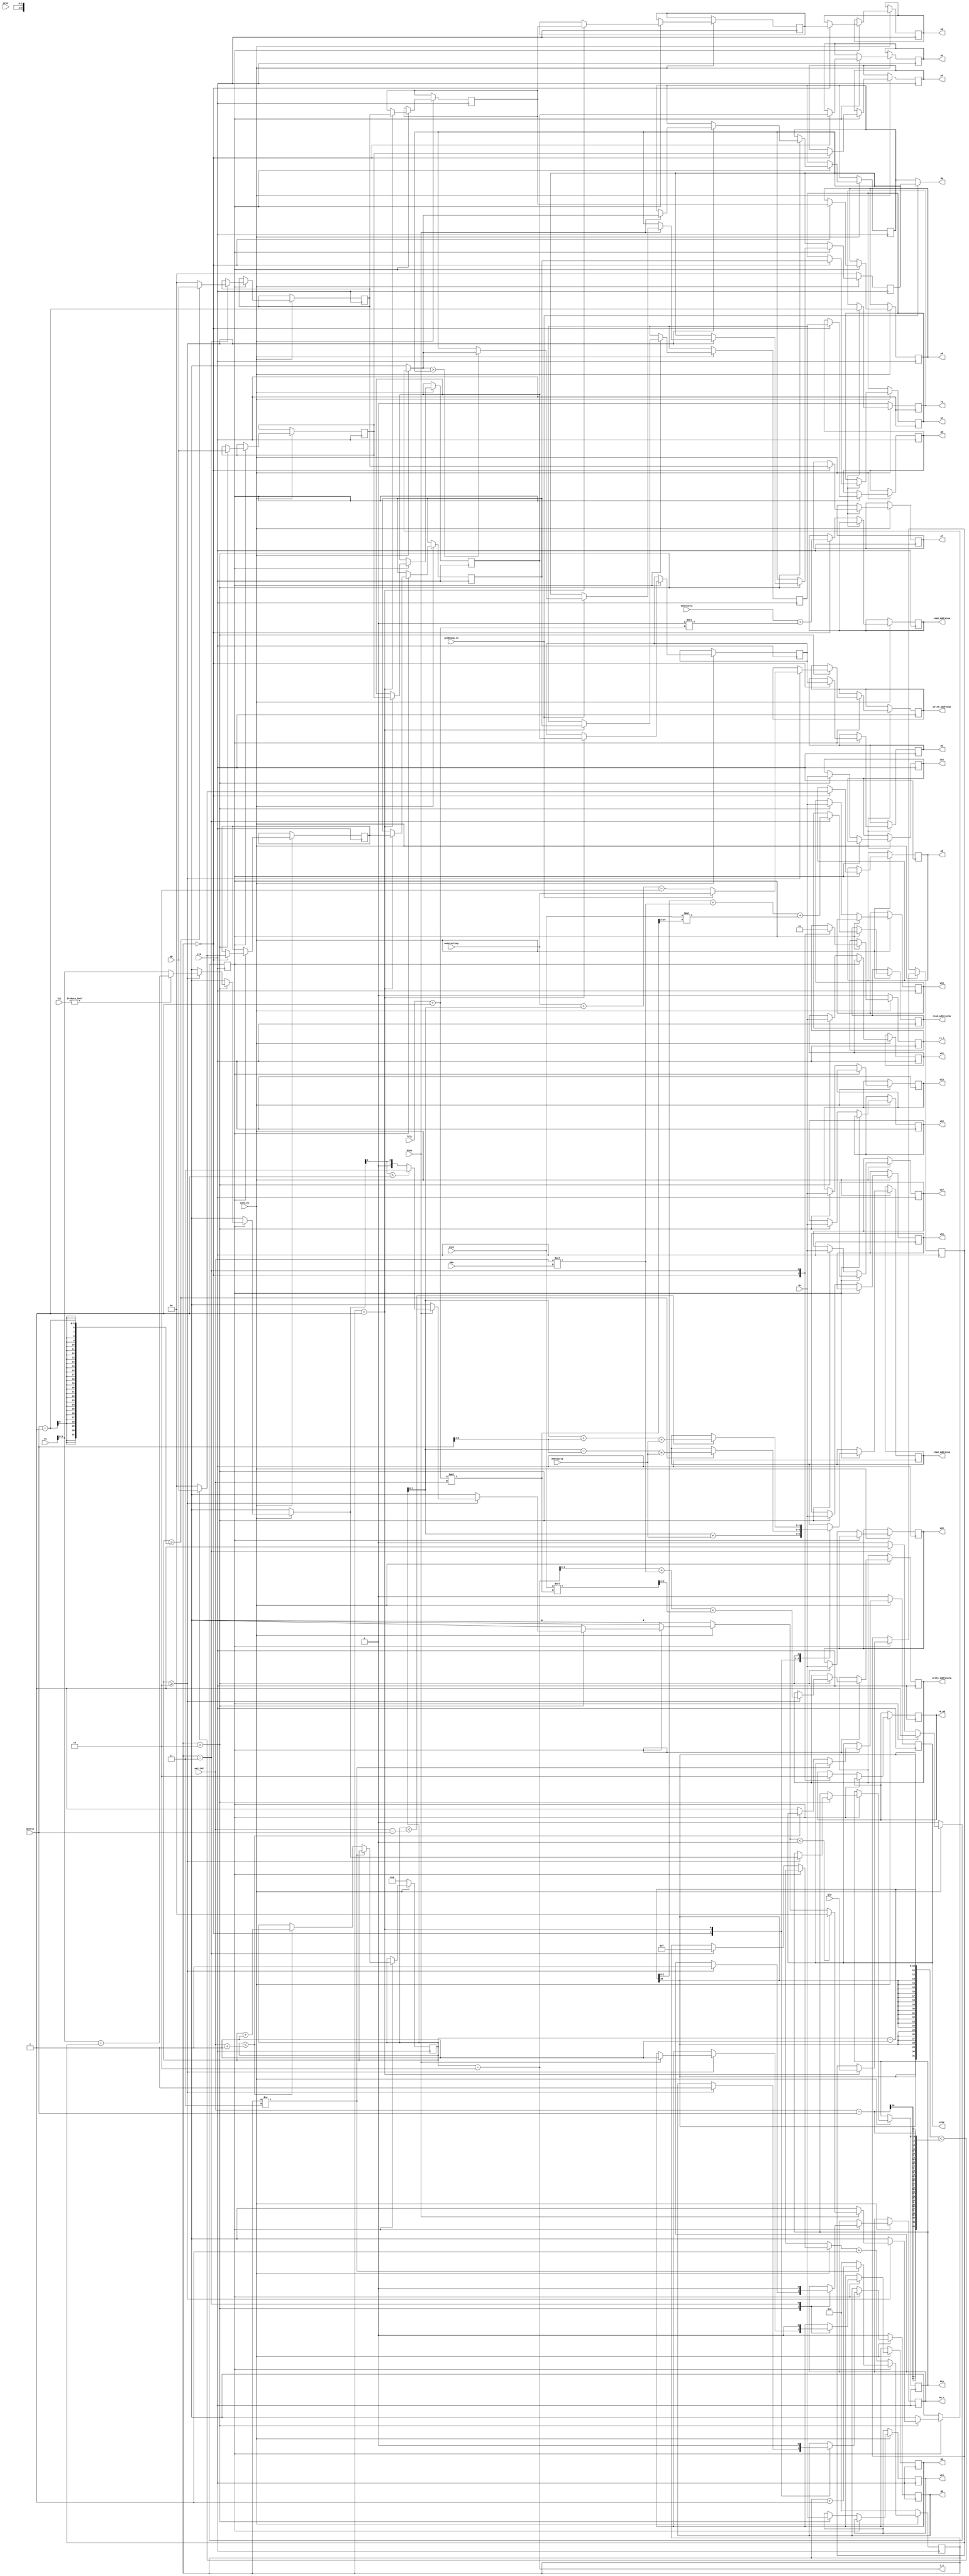
module conv_TOP(clk,conv_en,STOP,memstartp,memstartw,memstartzap,read_addressp,write_addressp,read_addresstp,write_addresstp,read_addressw,we,re_wb,re,we_t,re_t,qp,qtp,qw,dp,dtp,prov,matrix,matrix2,i_2,lvl,slvl,Y1,w15,w14,w16,w13,w17,w12,w18,w11,w19,p1,p2,p3,p8,p7,p4,p5,p9,p6,go,num,filt,bias,globmaxp_en);

parameter num_conv=4;
parameter SIZE_1=0;
parameter SIZE_2=0;
parameter SIZE_3=0;
parameter SIZE_4=0;
parameter SIZE_5=0;
parameter SIZE_6=0;
parameter SIZE_7=0;
parameter SIZE_8=0;
parameter SIZE_9=0;
parameter SIZE_address_pix=0;
parameter SIZE_address_pix_t=0;
parameter SIZE_address_wei=0;

input clk,conv_en,globmaxp_en;
input [1:0] prov;
input [4:0] matrix;
input [9:0] matrix2;
input [SIZE_address_pix-1:0] memstartp; 
input [SIZE_address_wei-1:0] memstartw;
input [SIZE_address_pix-1:0] memstartzap;                  																	
input [4:0] lvl;
input [1:0] slvl;
output reg [SIZE_address_pix-1:0] read_addressp;
output reg [SIZE_address_pix_t-1:0] read_addresstp;
output reg [SIZE_address_wei-1:0] read_addressw;
output reg [SIZE_address_pix-1:0] write_addressp;
output reg [SIZE_address_pix_t-1:0] write_addresstp;
output reg we,re,re_wb;
output reg we_t,re_t;
input signed [SIZE_1-1:0] qp;
input signed [SIZE_2*1-1:0] qtp;
input signed [SIZE_9-1:0] qw;
output signed [SIZE_1-1:0] dp;
output signed [SIZE_2*1-1:0] dtp;
output reg STOP;
output [9:0] i_2;
input signed [SIZE_1+SIZE_1-2:0] Y1;
output reg signed [SIZE_1-1:0] w15,w14,w16,w13,w17,w12,w18,w11,w19;
output reg signed [SIZE_1-1:0]p1,p2,p3,p4,p5,p6,p7,p8,p9;
output reg go;
input [2:0] num;
input [4:0] filt;
input bias;

reg signed [SIZE_1-1:0] res_out_1;
reg signed [SIZE_1+SIZE_1-2+1:0] res1;
reg signed [SIZE_1+SIZE_1-2+1:0] res_old_1;
reg signed [SIZE_1-1:0] globmaxp_perem_1;

reg signed [SIZE_1-1:0] buff0 [2:0];
reg signed [SIZE_1-1:0] buff1 [2:0];
reg signed [SIZE_1-1:0] buff2 [2:0];

reg [3:0] marker;
reg zagryzka_weight;
reg [9:0] i;

reg signed [SIZE_1-1+1:0] res_bias_check_1;

initial zagryzka_weight=0;
initial marker=0;

always @(posedge clk)
begin
if (conv_en==1)        //enable convolution
	begin
		if (zagryzka_weight==0)        
		begin
		   case (marker)
				0: begin re_wb=1; read_addressw=memstartw+(2'd0*(filt+1)); end
				1: begin end
				2: begin							w11=qw[SIZE_1-1:0]; 
							w12=qw[SIZE_2-1:SIZE_1]; 
							w13=qw[SIZE_3-1:SIZE_2]; 
							w14=qw[SIZE_4-1:SIZE_3]; 
							w15=qw[SIZE_5-1:SIZE_4]; 
							w16=qw[SIZE_6-1:SIZE_5]; 
							w17=qw[SIZE_7-1:SIZE_6]; 
							w18=qw[SIZE_8-1:SIZE_7]; 
							w19=qw[SIZE_9-1:SIZE_8]; 
 end
				3: begin zagryzka_weight=1; re_wb=0; marker=-1; end
				default: $display("Check zagryzka_weight");
		endcase
		marker=marker+1;
		end
		else
		begin
			re=1;
			case (marker)
				0: begin		
								re_t=0;
								read_addressp=i+memstartp; 
								if ((i-1)<matrix2-matrix) 
								begin
								buff2[2]=qp[SIZE_1-1:0];
								end
								else buff2[2]=0;
								
								if (i>=2) go=1;
								
								
								p1=buff1[1];  //center
								p2=buff1[2];  //right
								p3=buff1[0];  //left
								p8=buff2[0];  //downright
								p7=buff0[2];  //up
								p4=buff2[1];  //downleft 
								p5=buff0[1];  //upright
								p9=buff2[2];  //upleft
								p6=buff0[0];  //down 
								
								
					end
				1: begin		if (i>=matrix-1) read_addressp=i-matrix+memstartp;
								res_old_1=qtp[(SIZE_2)*1-1:0];
								
								go=0;
								
								buff2[0]=buff2[1];
								buff1[0]=buff1[1];
								buff0[0]=buff0[1];
								buff2[1]=buff2[2];
								buff1[1]=buff1[2];
								buff0[1]=buff0[2];
					end
				2: begin    if (i<matrix2-matrix) read_addressp=i+matrix+memstartp;
								buff1[2]=qp[SIZE_1-1:0];
								
								if (i>=2) 
								begin
								we_t=1;
								write_addresstp=i-2+matrix2*num+(slvl*((filt+1)*matrix2)>>(num_conv>>1));
								if (globmaxp_en)  write_addressp=memstartzap;
								else	write_addressp=memstartzap+i-2;
								res1=Y1; if (lvl!=0) res1=res1+res_old_1; 
								if (bias==1) 
									begin  
										res_bias_check_1=res1[SIZE_1+SIZE_1-2+1:SIZE_1-1];
										if (res_bias_check_1>(2**(SIZE_1-1))-1) 
											begin
												$display("OVERFLOW in conv!");
												res_out_1=(2**(SIZE_1-1))-1;
											end
										else res_out_1=res1[SIZE_1+SIZE_1-1:SIZE_1-1];
										if (res_out_1<0) res_out_1=0; 
										
										if (globmaxp_en)
											begin
												if (res_out_1>globmaxp_perem_1) globmaxp_perem_1=res_out_1;
										   end
										we=1;
									end
								end
					end
				3: begin		
								re_t=1;
								read_addresstp=i-1+matrix2*num+slvl*(((filt+1)*matrix2>>(num_conv>>1)));
								if (i>=matrix-1)
								begin
								buff0[2]=qp[SIZE_1-1:0];
								end
								else buff0[2]=0;
								
								we_t=0;
								we=0;
					end						
			default: $display("Check case conv_TOP");
			endcase
			
			if (marker!=3) marker=marker+1; 
			else begin 
					marker=0; 
					if (i<matrix2+1) i=i+1; 
					else STOP=1; 
				  end
		end
	end
else 
	begin
		i=0;
		zagryzka_weight=0;
		STOP=0;
		re=0;
		re_t=0;
		go=0;
		marker=0;
		globmaxp_perem_1=0;
	end
end
assign i_2=i-2;
assign dp=(globmaxp_en)?{globmaxp_perem_1}:{res_out_1};
assign dtp={res1};
endmodule